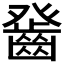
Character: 𤼻